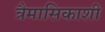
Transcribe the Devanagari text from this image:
त्रैमासिकाशी